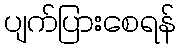
ပျက်ပြားစေရန်